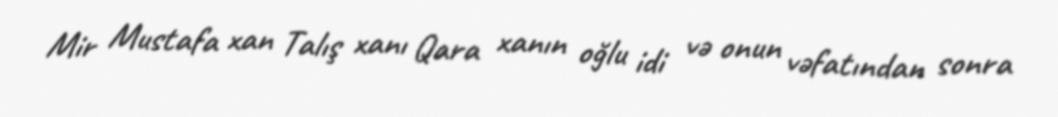
Mir Mustafa xan Talış xanı Qara xanın oğlu idi və onun vəfatından sonra